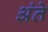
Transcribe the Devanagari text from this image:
अंते